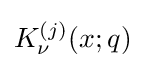
K_{\nu }^{(j)}(x;q)